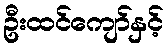
ဦးထင်ကျော်နှင့်